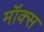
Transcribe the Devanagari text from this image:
मॉक्स